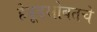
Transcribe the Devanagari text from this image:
हेवूडसोबतचे